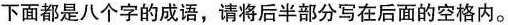
下面都是八个字的成语，请将后半部分写在后面的空格内。